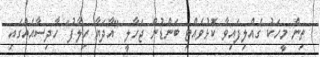
ތިން މީހަކު ގެއްލިފައިވާ ކޮޅުވެއްޓި ބަންޑުން ޖަހާލީ "އާދަޔާ ހިލާފު" ހާދިސާއެއްގައި